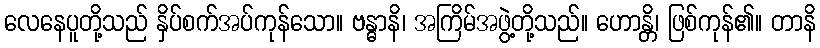
လေနေပူတို့သည် နှိပ်စက်အပ်ကုန်သော။ ဗန္ဓာနိ၊ အကြိမ်အဖွဲ့တို့သည်။ ဟောန္တိ၊ ဖြစ်ကုန်၏။ တာနိ